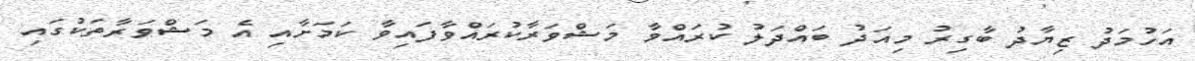
އަހުމަދު ޒިޔާދު ބާގިރު މިއަދު ބައްދަލު ކުރައްވާ މަޝްވަރާކުރައްވާފައިވާ ކަމަށާއި އެ މަޝްވަރާތަކުގައި